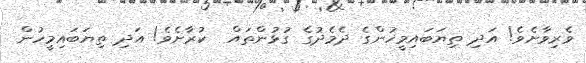
ވެރިވާށެވެ! އަދި ތިޔަބައިމީހުންގެ ދެމެދުގެ ގުޅުންތައް  ކުރާށެވެ! އަދި ތިޔަބައިމީހުން